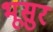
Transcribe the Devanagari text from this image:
भूसुर